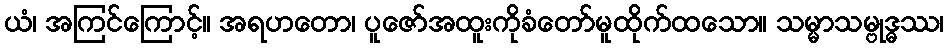
ယံ၊ အကြင်ကြောင့်။ အရဟတော၊ ပူဇော်အထူးကိုခံတော်မူထိုက်ထသော။ သမ္မာသမ္ဗုဒ္ဓဿ၊